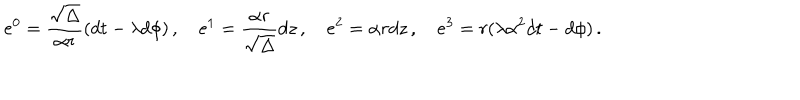
e ^ { 0 } = \frac { \sqrt \Delta } { \alpha r } ( d t - \lambda d \phi ) \, , \quad e ^ { 1 } = \frac { \alpha r } { \sqrt \Delta } d z \, , \quad e ^ { 2 } = \alpha r d z \, , \quad e ^ { 3 } = r ( \lambda \alpha ^ { 2 } d t - d \phi ) \, .